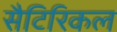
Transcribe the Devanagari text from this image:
सैटिरिकल